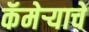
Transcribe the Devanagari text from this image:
कॅमेर्‍याचे